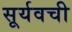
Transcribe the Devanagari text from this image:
सूर्यवची